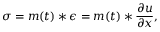
\sigma = m ( t ) * \epsilon = m ( t ) * \frac { \partial u } { \partial x } ,